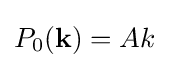
P_{0}(\mathbf {k} )=Ak